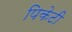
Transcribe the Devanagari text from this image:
पिकेटी